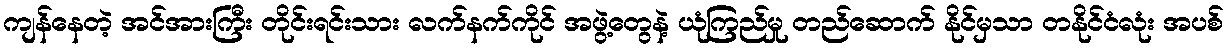
ကျန်နေတဲ့ အင်အားကြီး တိုင်းရင်းသား လက်နက်ကိုင် အဖွဲ့တွေနဲ့ ယုံကြည်မှု တည်ဆောက် နိုင်မှသာ တနိုင်ငံလုံး အပစ်